Hæmogregarina gerbilli - Number 18
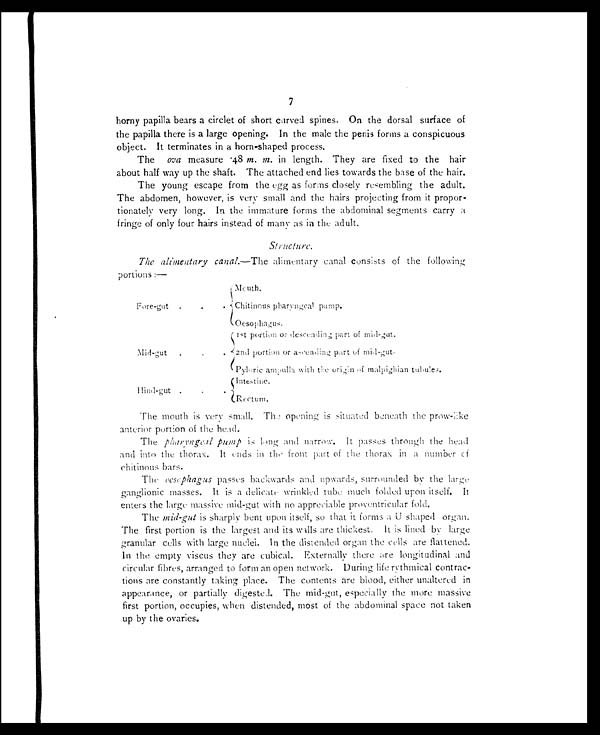
7
horny papilla bears a circlet of short curved spines. On the dorsal surface of
the papilla there is a large opening. In the male the penis forms a conspicuous
object. It terminates in a horn-shaped process.
The ova measure .48 m. m. in length. They are fixed to the hair
about half way up the shaft. The attached end lies towards the base of the hair.
The young escape from the egg as forms closely resembling the adult.
The abdomen, however, is very small and the hairs projecting from it propor-
tionately very long. In the immature forms the abdominal segments carry a
fringe of only four hairs instead of many as in the adult.
St ructure.
The alimentary canal. —The alimentary canal consists of the following
portions :—
F o r e - g u t
.
.
.
Mouth.
Chitinous pharyngeal pump.
Oesophagus.
Mid-gut
.
.
.
1st portion or descending part of mid-gut.
2nd portion or ascending part of mid-gut.
Pyloric ampulla with the origin of malpighian tubules.
H i n d - g u t .
.
.
Intestine.
Rectum.
The mouth is very small. The opening is situated beneath the prow-like
anterior portion of the head.
The pharyngeal pump is long and narrow. It passes through the head
and into the thorax. It ends in the front part of the thorax in a number of
chitinous bars.
The oesophagus passes backwards and upwards, surrounded by the large
ganglionic masses. It is a delicate wrinkled tube much folded upon itself. It
enters the large massive mid-gut with no appreciable proventricular fold.
The mid-gut is sharply bent upon itself, so that it forms a U shaped organ.
The first portion is the largest and its walls are thickest. It is lined by large
granular cells with large nuclei. In the distended organ the cells are flattened.
In the empty viscus they are cubical. Externally there are longitudinal and
circular fibres, arranged to form an open network. During life rythmical contrac-
tions are constantly taking place. The contents are blood, either unaltered in
appearance, or partially digested. The mid-gut, especially the more massive
first portion, occupies, when distended, most of the abdominal space not taken
up by the ovaries.